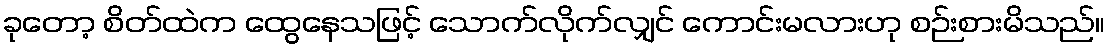
ခုတော့ စိတ်ထဲက ထွေနေသဖြင့် သောက်လိုက်လျှင် ကောင်းမလားဟု စဉ်းစားမိသည်။